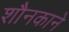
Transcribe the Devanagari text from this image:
शौनकाने